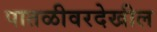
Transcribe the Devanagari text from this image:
पातळीवरदेखील